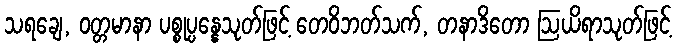
သရချေ, ဝတ္တမာနာ ပစ္စုပ္ပန္နေသုတ်ဖြင့် တေဝိဘတ်သက်, တနာဒိတော ဩယိရာသုတ်ဖြင့်